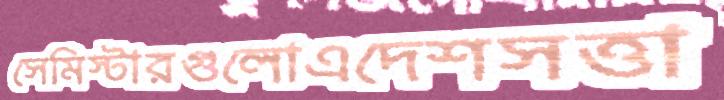
সেমিস্টারগুলোএদেশসত্তা